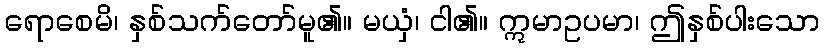
ရောစေမိ၊ နှစ်သက်တော်မူ၏။ မယှံ၊ ငါ၏။ ဣမာဥပမာ၊ ဤနှစ်ပါးသော